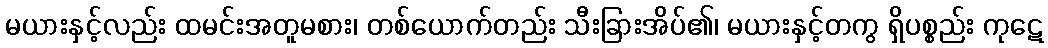
မယားနှင့်လည်း ထမင်းအတူမစား၊ တစ်ယောက်တည်း သီးခြားအိပ်၏၊ မယားနှင့်တကွ ရှိပစ္စည်း ကုဋေ